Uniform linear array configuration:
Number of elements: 64
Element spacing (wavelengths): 0.75
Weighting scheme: uniform
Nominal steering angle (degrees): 60
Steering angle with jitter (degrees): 59.335
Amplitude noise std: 0.05
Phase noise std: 0.05

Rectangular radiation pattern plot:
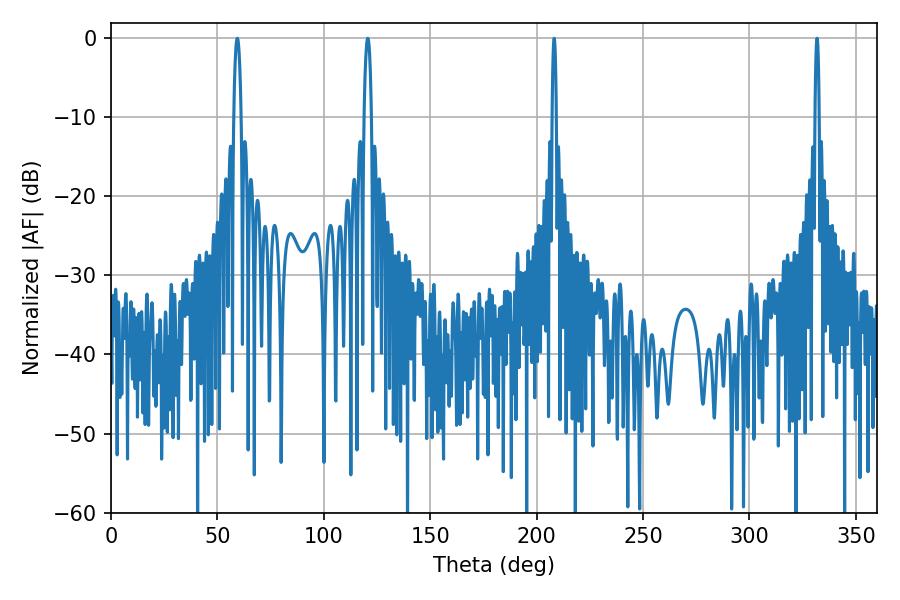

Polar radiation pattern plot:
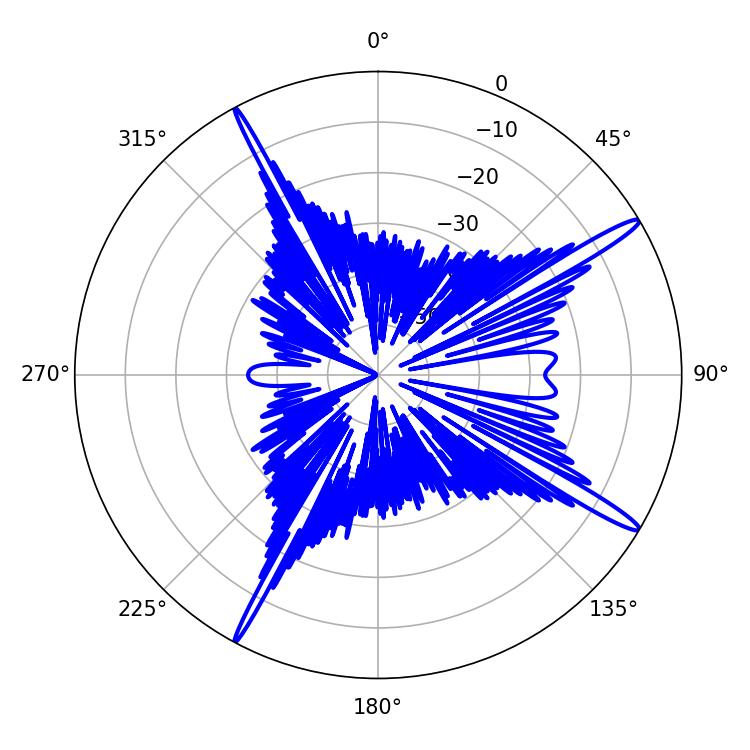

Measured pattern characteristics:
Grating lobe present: TRUE
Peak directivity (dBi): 16.169
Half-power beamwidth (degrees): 1.08
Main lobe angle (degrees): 331.74